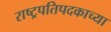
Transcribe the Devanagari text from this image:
राष्ट्रपतिपदकाच्या